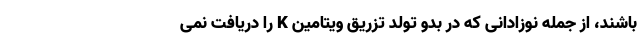
باشند، از جمله نوزادانی که در بدو تولد تزریق ویتامین K را دریافت نمی